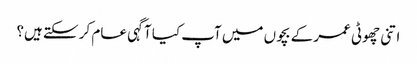
اتنی چھوٹی عمر کے بچوں میں آپ کیا آگہی عام کر سکتے ہیں؟